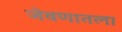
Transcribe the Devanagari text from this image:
जेवणातला